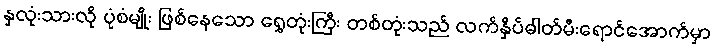
နှလုံးသားလို ပုံစံမျိုး ဖြစ်နေသော ရွှေတုံးကြီး တစ်တုံးသည် လက်နှိပ်ဓါတ်မီးရောင်အောက်မှာ